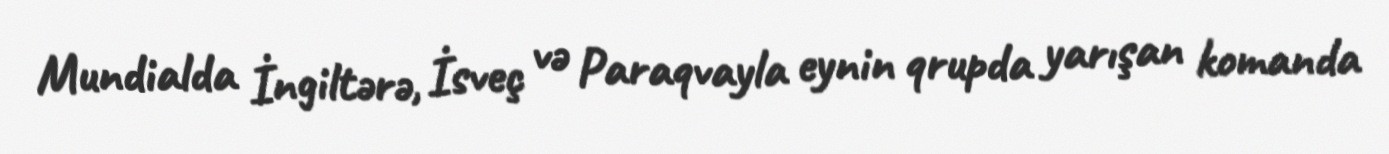
Mundialda İngiltərə, İsveç və Paraqvayla eynin qrupda yarışan komanda